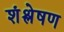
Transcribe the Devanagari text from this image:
शंश्लेषण